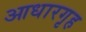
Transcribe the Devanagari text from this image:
आधारगृह